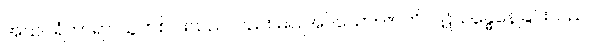
အသပရံကာရာ၊ သူတစ်ပါးသည်လည်း မပြုအပ်သော။ ဇာတိ၊ ပဋိသန္ဓေနေခြင်းသည်။